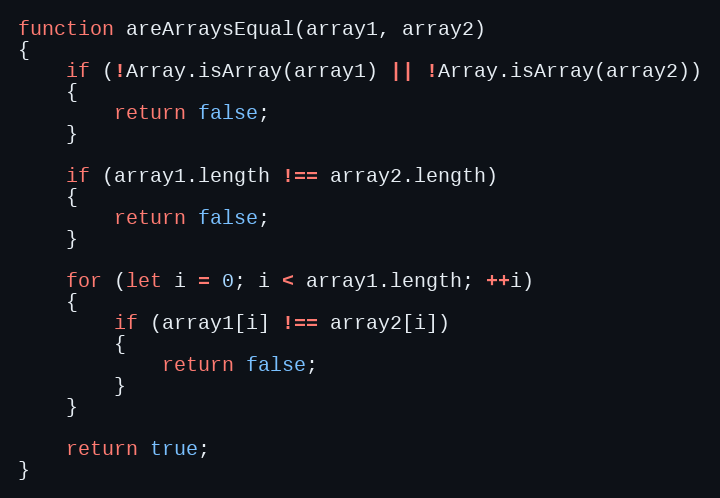
Language: JavaScript
function areArraysEqual(array1, array2)
{
    if (!Array.isArray(array1) || !Array.isArray(array2))
    {
        return false;
    }

    if (array1.length !== array2.length)
    {
        return false;
    }

    for (let i = 0; i < array1.length; ++i)
    {
        if (array1[i] !== array2[i])
        {
            return false;
        }
    }

    return true;
}